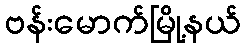
ဗန်းမောက်မြို့နယ်